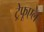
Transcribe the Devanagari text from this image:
ट्रेफूएल